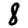
Digit: 8